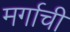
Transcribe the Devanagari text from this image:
मर्गाची